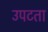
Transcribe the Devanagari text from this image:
उपटता